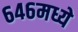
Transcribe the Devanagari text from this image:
६४६मध्ये